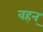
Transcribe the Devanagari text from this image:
वहन्